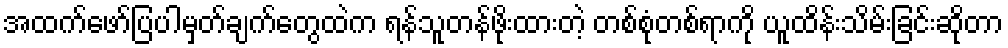
အထက်ဖော်ပြပါမှတ်ချက်တွေထဲက ရန်သူတန်ဖိုးထားတဲ့ တစ်စုံတစ်ရာကို ယူထိန်းသိမ်းခြင်းဆိုတာ